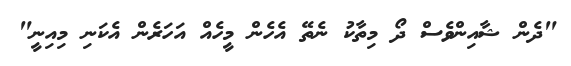
"ދެން ޝާއިންވެސް ދޯ މިތާކު ނެތޭ އެހެން މީހެއް އަހަރެން އެކަނި މިއިނީ"